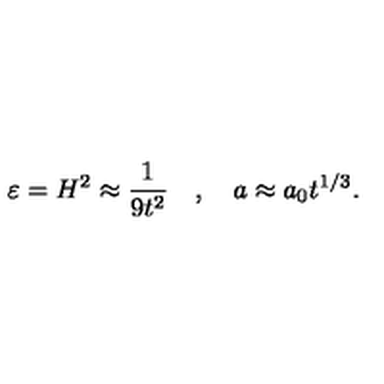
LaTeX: \varepsilon = H ^ { 2 } \approx \frac { 1 } { 9 t ^ { 2 } } \quad , \quad a \approx a _ { 0 } t ^ { 1 / 3 } .